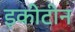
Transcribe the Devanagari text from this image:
इकीटीन